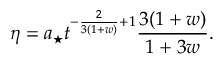
\eta = a _ { \star } t ^ { - \frac { 2 } { 3 ( 1 + w ) } + 1 } \frac { 3 ( 1 + w ) } { 1 + 3 w } .